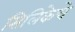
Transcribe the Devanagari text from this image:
सिलिकेचे